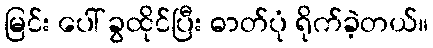
မြင်း ပေါ် ခွထိုင်ပြီး ဓာတ်ပုံ ရိုက်ခဲ့တယ်။